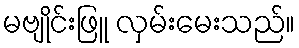
မဗျိုင်းဖြူ လှမ်းမေးသည်။